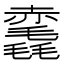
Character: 𧹺